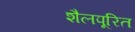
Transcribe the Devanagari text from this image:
शैलपूरित